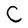
Character: C